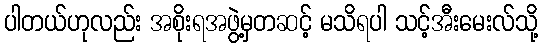
ပါတယ်ဟုလည်း အစိုးရအဖွဲ့မှတဆင့် မသိရပါ သင့်အီးမေးလ်သို့